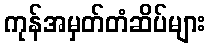
ကုန်အမှတ်တံဆိပ်များ